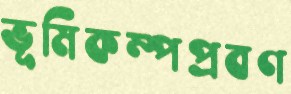
ভূমিকম্পপ্রবণ